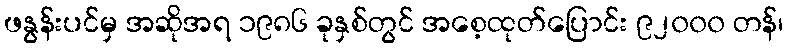
ဖနွန်းပင်မှ အဆိုအရ ၁၉၈၆ ခုနှစ်တွင် အစေ့ထုတ်ပြောင်း ၉၂၀၀၀ တန်၊